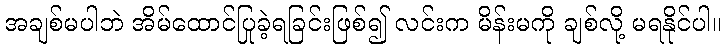
အချစ်မပါဘဲ အိမ်ထောင်ပြုခဲ့ရခြင်းဖြစ်၍ လင်းက မိန်းမကို ချစ်လို့ မရနိုင်ပါ။